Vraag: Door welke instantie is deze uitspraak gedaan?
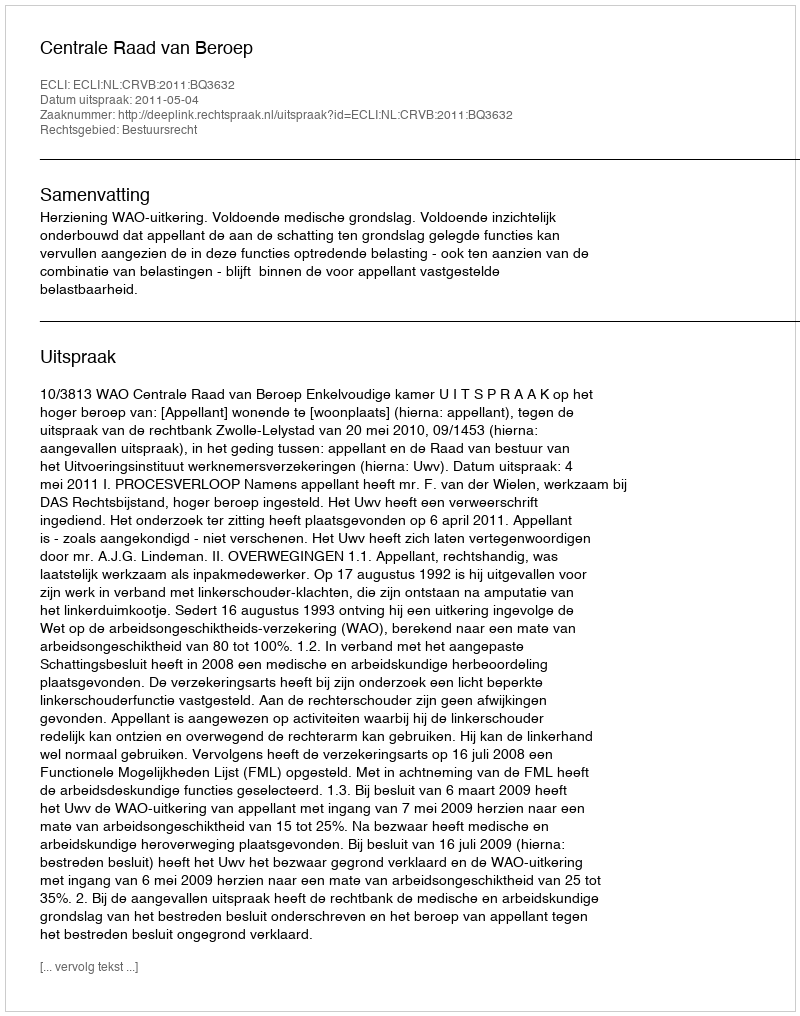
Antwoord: Centrale Raad van Beroep